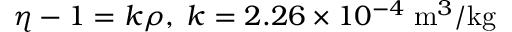
\eta - 1 = k \rho , \; k = 2 . 2 6 \times 1 0 ^ { - 4 } \; \mathrm { m } ^ { 3 } / \mathrm { k g }